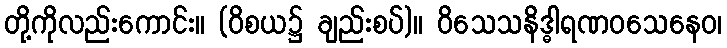
တို့ကိုလည်းကောင်း။ (ဝိစယ၌ ချည်းစပ်)။ ဝိသေသနိဒ္ဓါရဏဝသေနေဝ၊